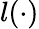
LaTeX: l(\cdot)